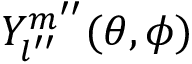
Y _ { l ^ { \prime \prime } } ^ { m ^ { \prime \prime } } ( \theta , \phi )